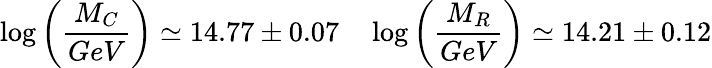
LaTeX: \log\left({\frac{M_{C}}{GeV}}\right)\simeq 14.77\pm 0.07\quad\log\left({\frac{M_{R}}{GeV}}\right)\simeq 14.21\pm 0.12